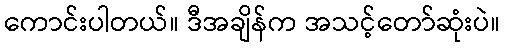
ကောင်းပါတယ်။ ဒီအချိန်က အသင့်တော်ဆုံးပဲ။